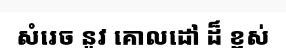
សំរេច នូវ គោលដៅ ដ៏ ខ្ពស់